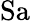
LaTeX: \mathrm{Sa}